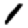
Digit: 1